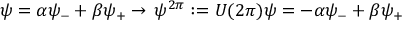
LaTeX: \psi = \alpha \psi _ { - } + \beta \psi _ { + } \rightarrow \, \psi ^ { 2 \pi } : = U ( 2 \pi ) \psi = - \alpha \psi _ { - } + \beta \psi _ { + }